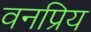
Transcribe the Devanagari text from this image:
वनप्रिय